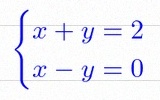
\begin{cases}x+y=2\\x-y=0\end{cases}